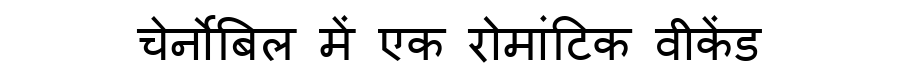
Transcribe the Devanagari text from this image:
चेर्नोबिल में एक रोमांटिक वीकेंड